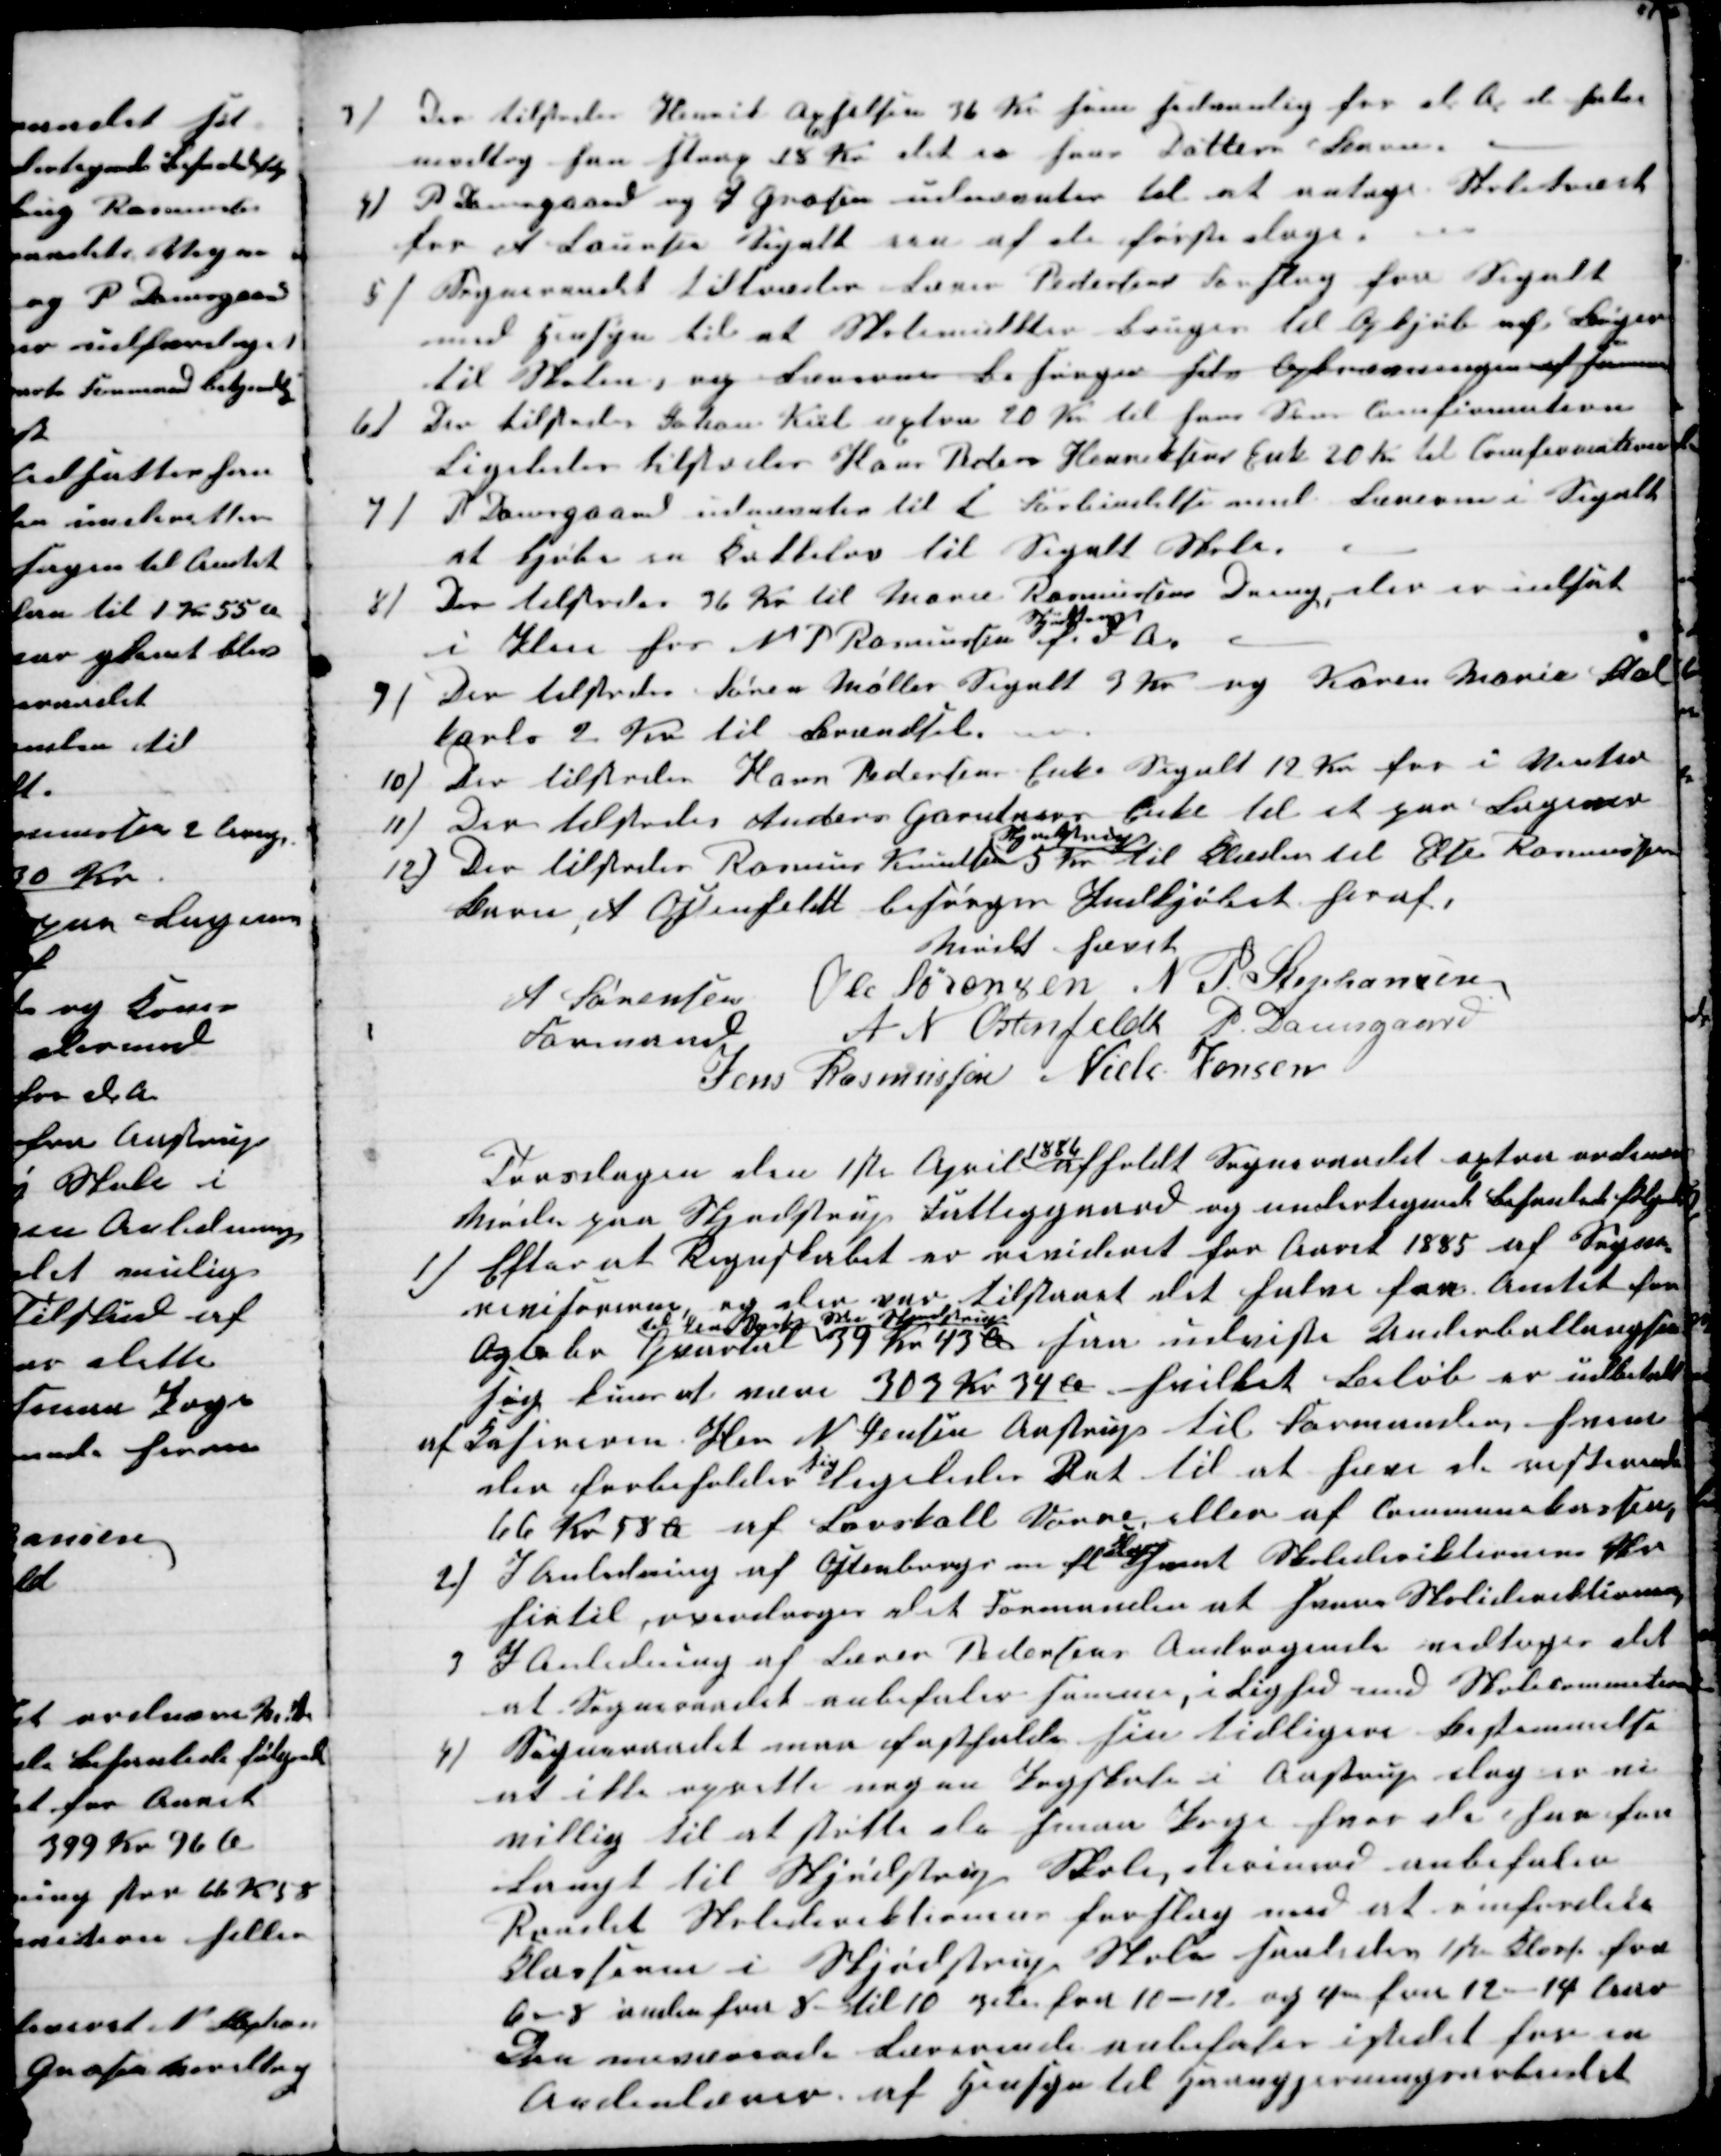
Transskription:
3) Der tilstodes Henrik Axselsen 36 Kr som sedvanlig for d A. de halve
modtog han strax 18 Kr det er hans Datters Barn
4)
P Damsgaard og J Grosen udnævntes til at antage Skoletræet
for A Laursen Segalt een af de første dage.
5) Sogneraadet tiltræder Lærer Pedersens Forslag for Segalt
med Hensyn til at Skolemulkter bruges til Opkjøb af Bøger
til Skolen, og Læreren besørger selv Opkrævningen af Samme
6)
Der tilstodes Johan Kiil extra 20 Kr til hans Søns Comfirmation
Ligeledes tilstodes Hans Peder Henriksens Enke 20 Kr til Comfirmantion
7)
P Damsgaard udnævntes til i Forbindelse med Læreren i Segalt
at Kjøbe en Kakkelov til Segalt Skole.
8)
Der tilstodes 36 Kr til Marie Rasmussens Dreng, blev er udsat
i Pleie hos N P Rasmussen 
Skjødstrup
f. d. A.
9)
Der tilstodes Søren Møller Segalt  3 Kr og Karen Marie Stal-
karl 2 Kr til Brændsel. 
10)
Der tilstodes Hans Pedersens Enke Segalt 12 Kr for i Vinter
11) Der tilstodes Anders Garntners Enke til et par Lagener
12) Der tilstodes Rasmus Knudsen 
Skjødstrup
5 Kr til Klæder til Else Rasmussens
Barn, A Ostenfeldt besørger Indkjøbet heraf.
Mødet hævet
A Sørensen 
Formand
Ole Sørensen N. P. Stephansen
A. N. Ostenfeldt P Damsgaard
Jens Rasmussen Niels Jensen
Torsdagen den 1ste April 
1886
afholdt Sogneraadet extra ordinær
Møde paa Skjødstrup Fattiggaard og undertegnede behanlede følgende
1)
Efter at Regnskabet er revideret for Aaret 1885 af Sogne-
revisorerne og der var tilstaaet det halve fra Amtet for
Ogtober Quartal 
til Jens Dyrby Skr Skjødstrup
39 Kr 43 Ø saa udviste Underballangsen
sig kuns at være 303 Kr 34 Ø hvilket Beløb er udbetalt
af Kasereren Her N Jensen Aastrup til Formanden, hvem
der forbeholder 
sig
ligeledes Ret til at hæve de resterende
66 Kr 58 Ø af Løvskall Vorre, eller af Communekassen,
2)
I Anledning af Ostenburg m fl 
K
samt Skolederiktionen Skr
hirtil, overdroges det Formanden at svare Skoliderektionen
3) I Anledning af Lærer Pedersens Andragende vedtoges det
at Sogneraadet anbefaler samme, i Lighed med Skolecommetion
4) Sogneraadet maa fastholde sin tidligere bestemmelse
at ikke oprette nogen Pogskole i Aastrup dog er vi
villig til at støtte de samme Poge hvor de har for
Langt til Skjødstrup Skole, derimod anbefaler
Raadet Skoledirektionens forslag med at omfordele
Klasserne i Skjødstrup Skole saaledes 1ste Klasse fra
6-8 anden fra 8- til 10 3die fra 10-12 og 4m fra 12-14 Aar
Den nuværende Lærerinde anbefaler istedet for en
Andenlærer af Hensyn til Haangjerningsarbeidet